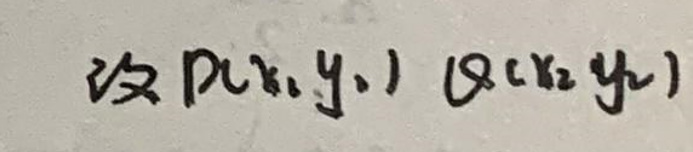
设 \(P(x,y)\)  \(Q(x,y)\)